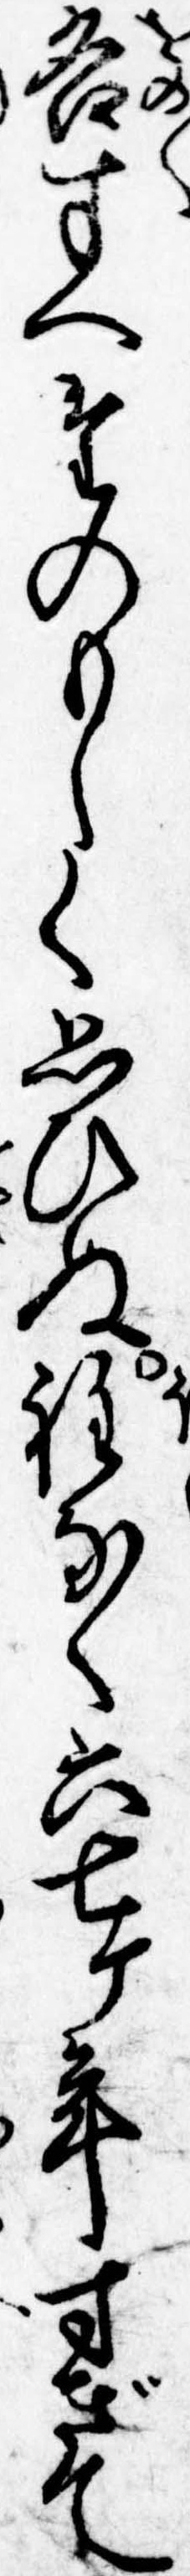
各すへたのもしく思ひぬ程なく六七ヶ年すぎて